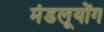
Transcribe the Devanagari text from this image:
मंडलूयोंग